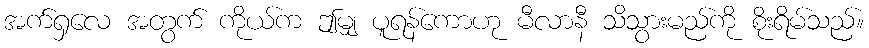
အက်ရှလေ အတွက် ကိုယ်က ဤမျှ ပူရန်ကောဟု မီလာနီ သိသွားမည်ကို စိုးရိမ်သည်။